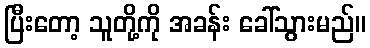
ပြီးတော့ သူတို့ကို အခန်း ခေါ်သွားမည်။